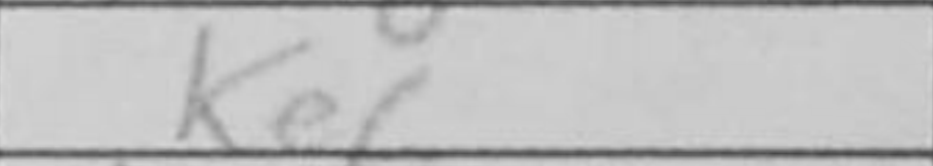
Transcription: Ke6